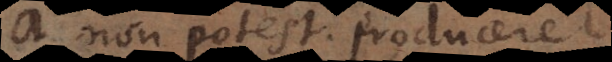
a non potest producere